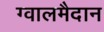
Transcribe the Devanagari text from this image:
ग्वालमैदान